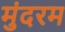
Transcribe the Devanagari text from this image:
मुंदरम